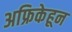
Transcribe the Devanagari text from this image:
अफ्रिकेहून